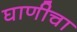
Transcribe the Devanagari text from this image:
घाणीचा